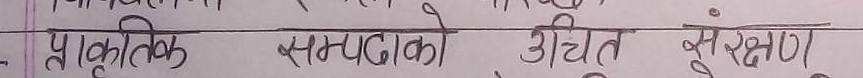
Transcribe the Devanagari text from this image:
प्राकृतिक सम्पदाको उचित संरक्षण